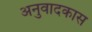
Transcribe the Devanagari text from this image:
अनुवादकास